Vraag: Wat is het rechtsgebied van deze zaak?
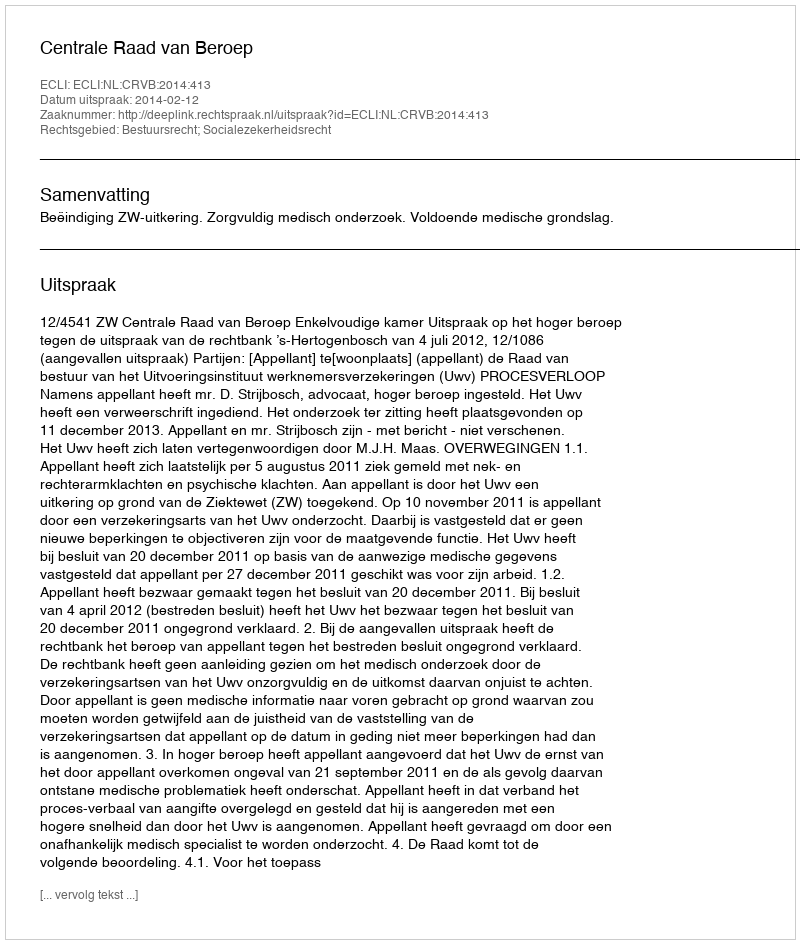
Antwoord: Bestuursrecht; Socialezekerheidsrecht